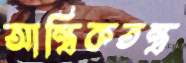
আন্ত্রিকতন্ত্র